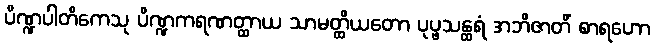
ပိဏ္ဍပါတိကေသု ပိဏ္ဍကရဏတ္ထာယ သာမတ္ထိယတော ပုပ္ဖသန္ထရံ အဘိဇာတိံ စာရဟော